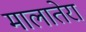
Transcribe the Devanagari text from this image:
मालातेरा